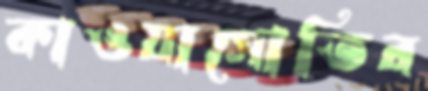
কাওয়াসোতির